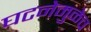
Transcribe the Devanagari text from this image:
घटनेमुळेच